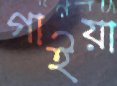
গাইয়া